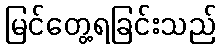
မြင်တွေ့ရခြင်းသည်